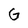
Character: G